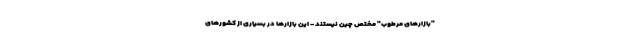
"بازارهای مرطوب" مختص چین نیستند - این بازارها در بسیاری از کشورهای